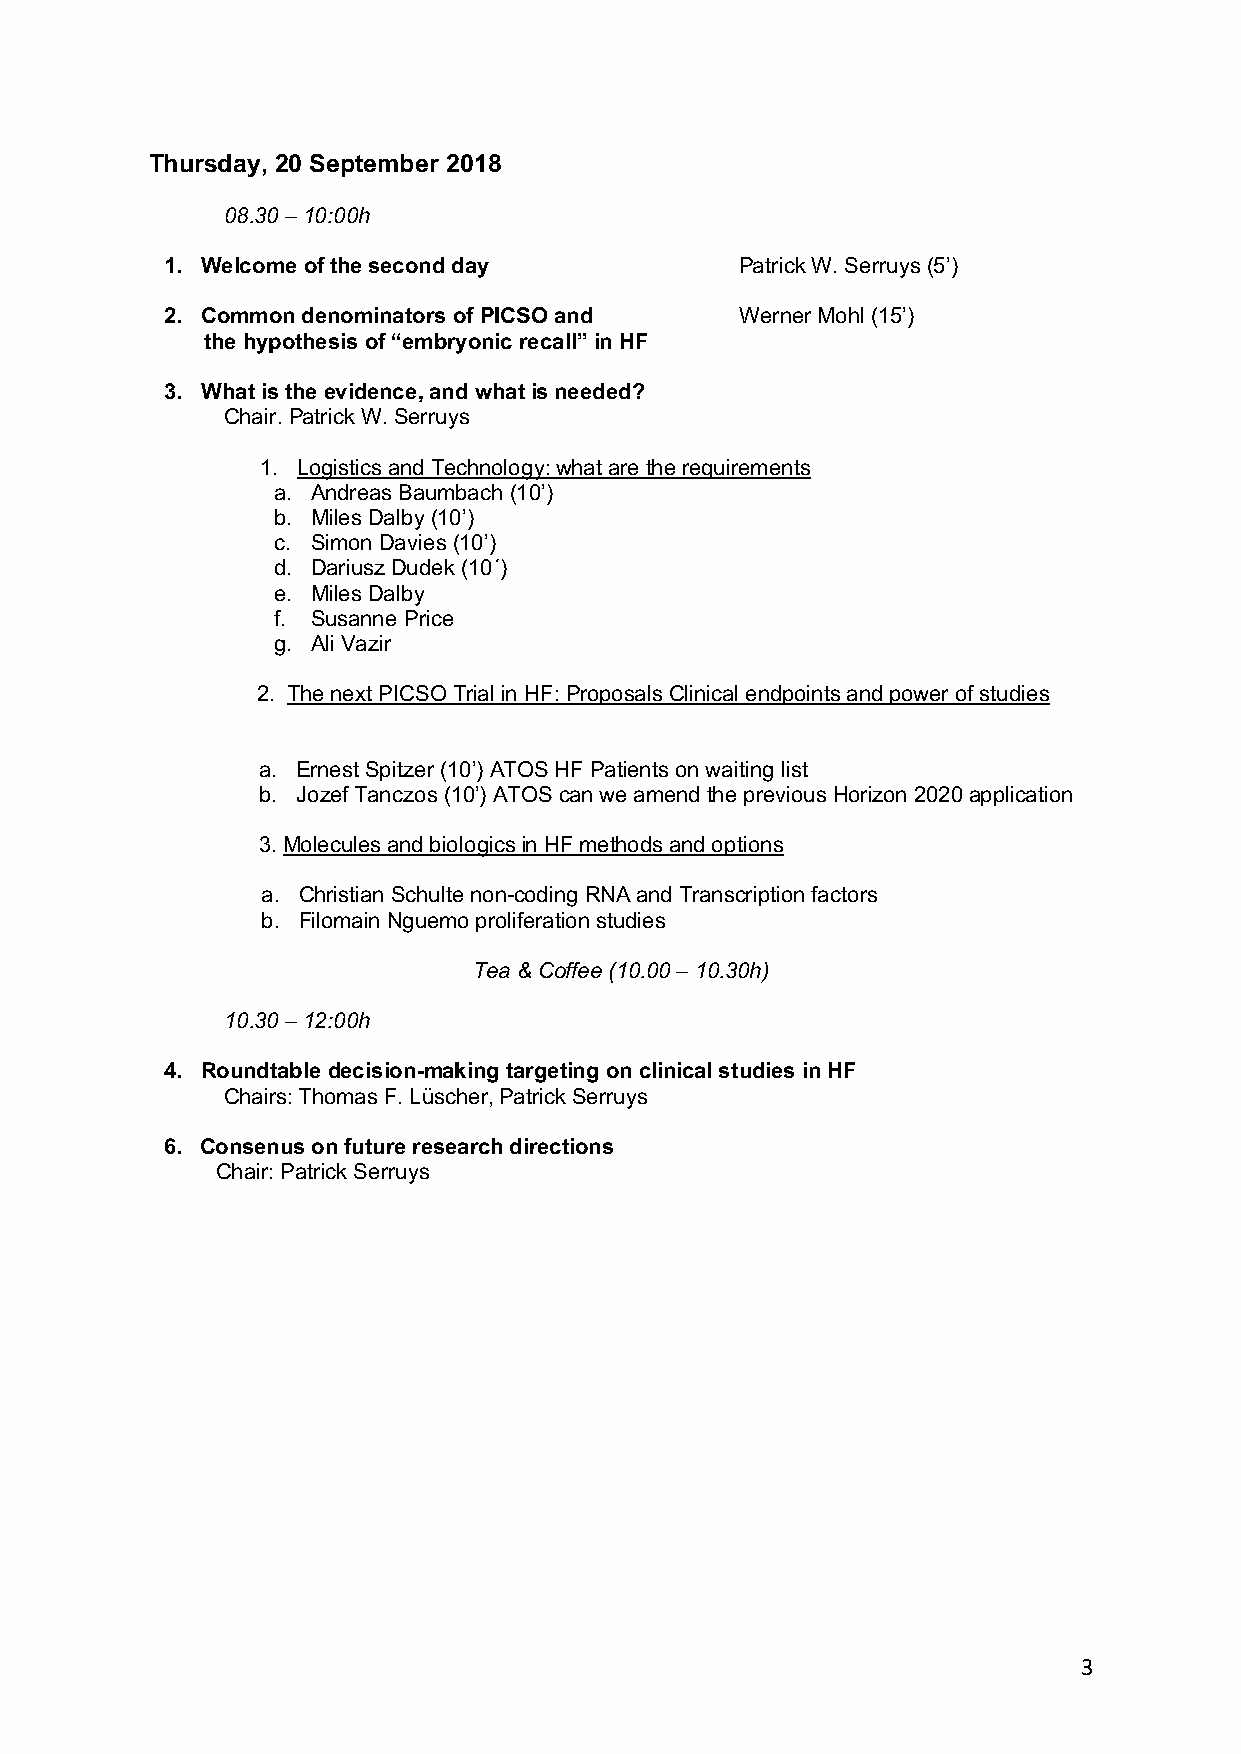
Thursday, 20 September 2018
 08.30 – 10:00h
 1. Welcome of the second day          Patrick W. Serruys (5’)
 2. Common denominators of PICSO and   Werner Mohl (15’)
 the hypothesis of “embryonic recall” in HF
 3. What is the evidence, and what is needed?
 Chair. Patrick W. Serruys
 1. Logistics and Technology: what are the requirements
 a. Andreas Baumbach (10’)
 b. Miles Dalby (10’)
 c. Simon Davies (10’)
 d. Dariusz Dudek (10´)
 e. Miles Dalby
 f. Susanne Price
 g. Ali Vazir
 2. The next PICSO Trial in HF: Proposals Clinical endpoints and power of studies
 a. Ernest Spitzer (10’) ATOS HF Patients on waiting list
 b. Jozef Tanczos (10’) ATOS can we amend the previous Horizon 2020 application
 3. Molecules and biologics in HF methods and options
 a. Christian Schulte non-coding RNA and Transcription factors
 b. Filomain Nguemo proliferation studies
 Tea & Coffee (10.00 – 10.30h)
 10.30 – 12:00h
 4. Roundtable decision-making targeting on clinical studies in HF
 Chairs: Thomas F. Lüscher, Patrick Serruys
 6. Consenus on future research directions
 Chair: Patrick Serruys
 3